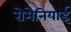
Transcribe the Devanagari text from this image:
रोमेनियाई